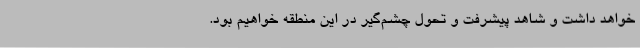
خواهد داشت و شاهد پیشرفت و تحول چشم‌گیر در این منطقه خواهیم بود.